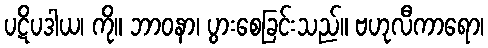
ပဋိပဒါယ၊ ကို။ ဘာဝနာ၊ ပွားစေခြင်းသည်။ ဗဟုလီကာရော၊